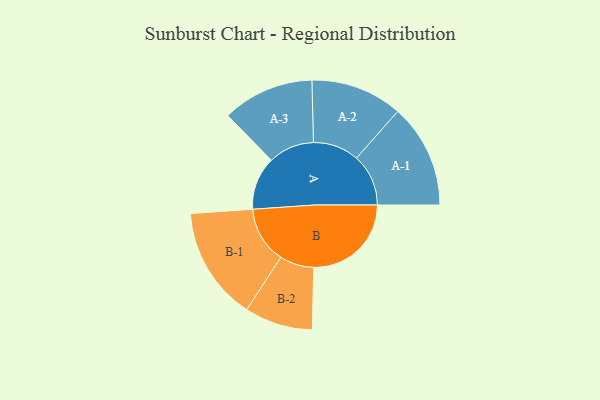
{"axis": {"x": "Segment", "y": "Value"}, "legend": ["", "A", "B"], "data": [{"x": "A", "y": 227, "type": ""}, {"x": "B", "y": 417, "type": ""}, {"x": "A-1", "y": 222, "type": "A"}, {"x": "A-2", "y": 196, "type": "A"}, {"x": "A-3", "y": 196, "type": "A"}, {"x": "B-1", "y": 242, "type": "B"}, {"x": "B-2", "y": 146, "type": "B"}]}